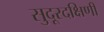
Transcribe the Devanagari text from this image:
सुदूरदक्षिणी